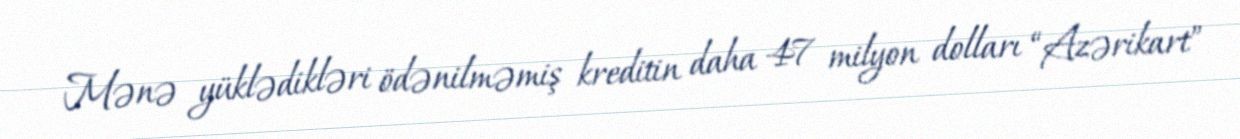
Mənə yüklədikləri ödənilməmiş kreditin daha 47 milyon dolları “Azərikart”